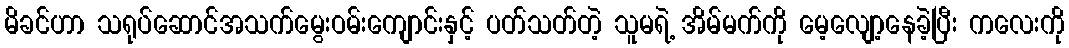
မိခင်ဟာ သရုပ်ဆောင်အသက်မွေးဝမ်းကျောင်းနှင့် ပတ်သတ်တဲ့ သူမရဲ့ အိမ်မက်ကို မေ့လျော့နေခဲ့ပြီး ကလေးကို